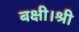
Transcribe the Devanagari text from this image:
बक्षी।श्री